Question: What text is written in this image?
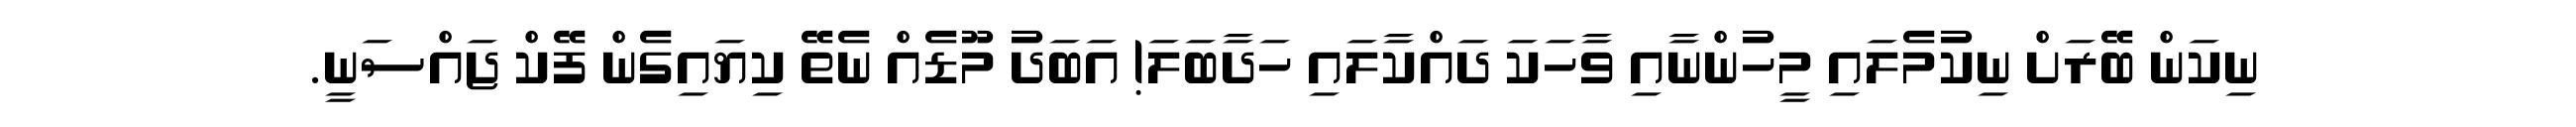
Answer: ނިކަން ބޭރަށް ނިކުމެލައި މީހުންނާއި ވާހަކަ ދައްކާލައި ހަދާބަލަ! އަބަދު މޫޑެއް ނެތޭ ކިޔައިގެން ފޭކް ޖައްސަނީ.